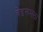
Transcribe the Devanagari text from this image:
बेडरूमला